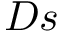
D s